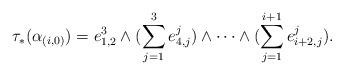
LaTeX: \begin{gather*} \tau_* (\alpha_{(i,0)})= e_{1,2}^{3} \wedge (\sum_{j=1}^{3} e_{4,j}^{j}) \wedge \cdots \wedge (\sum_{j=1}^{i+1} e_{i+2,j}^{j}). \end{gather*}